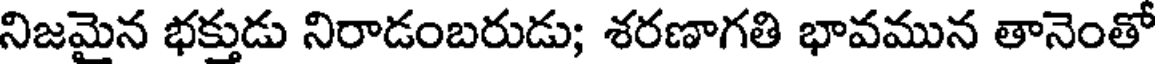
నిజమైన భక్తుడు నిరాడంబరుడు; శరణాగతి భావమున తానెంతో